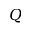
Q